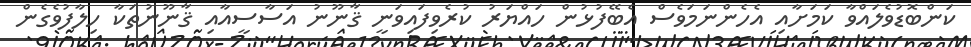
ކަންބޮޑުވެލައްވާ ކަމަށާއި އެހެންނަމަވެސް އެބޭފުޅުން ހައްޔަރު ކުރެވިފައިވަނީ ޤާނޫނު އަސާސީއާއި ޤާނޫނުތަކާ ހިލާފުވެގެން